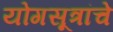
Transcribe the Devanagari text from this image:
योगसूत्रांचे